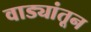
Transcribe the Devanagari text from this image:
वाड्यांतून